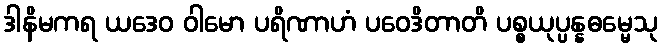
ဒါနိမကရ ယဒေဝ ဝါမော ပရိဏာဟံ ပဝေဒိတာတိ ပစ္စယုပ္ပန္နဓမ္မေသု